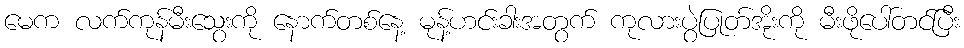
မေက လက်ကုန်မီးသွေးကို နောက်တစ်နေ့ မုန့်ဟင်းခါးအတွက် ကုလားပွဲပြုတ်အိုးကို မီးဖိုပေါ်တင်ပြီး